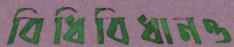
বিধিবিধানও